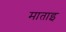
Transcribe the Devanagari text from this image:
माताइ